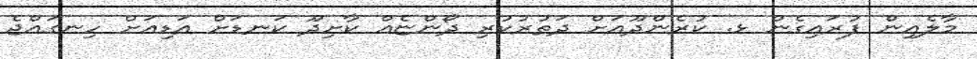
މާލެއިން ފުރައިގެން ޅ. ކުރެންދޫއަށް ދަތުރުކުރި ދޯންޏެއް ކާށިދޫ ކަނޑަށް އަޑިއަށް ހިނގައްޖެ